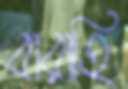
বারাহি